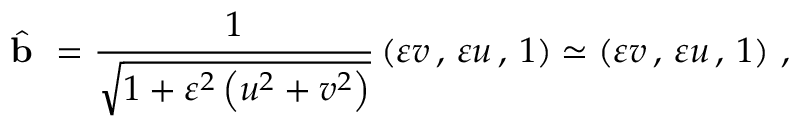
\hat { \textbf { b } } = \frac { 1 } { \sqrt { 1 + \varepsilon ^ { 2 } \left( u ^ { 2 } + v ^ { 2 } \right) } } \left( \varepsilon v \, , \, \varepsilon u \, , \, 1 \right) \simeq \left( \varepsilon v \, , \, \varepsilon u \, , \, 1 \right) \, ,